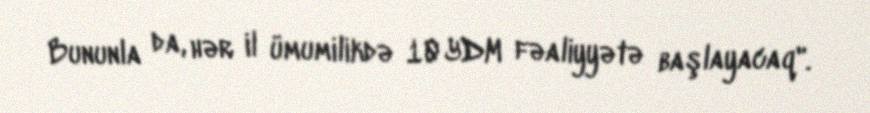
Bununla da, hər il ümumilikdə 10 YDM fəaliyyətə başlayacaq".